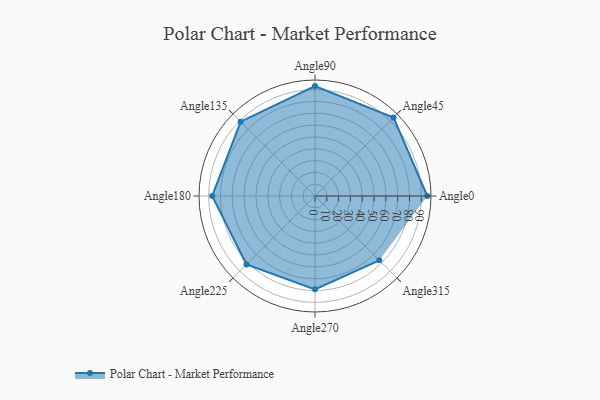
{"axis": {"x": "Angle", "y": "Radius"}, "legend": [""], "data": [{"x": "Angle0", "y": 95.0, "type": ""}, {"x": "Angle45", "y": 94.0, "type": ""}, {"x": "Angle90", "y": 93.0, "type": ""}, {"x": "Angle135", "y": 89.0, "type": ""}, {"x": "Angle180", "y": 87.0, "type": ""}, {"x": "Angle225", "y": 82.0, "type": ""}, {"x": "Angle270", "y": 79.0, "type": ""}, {"x": "Angle315", "y": 77.0, "type": ""}]}